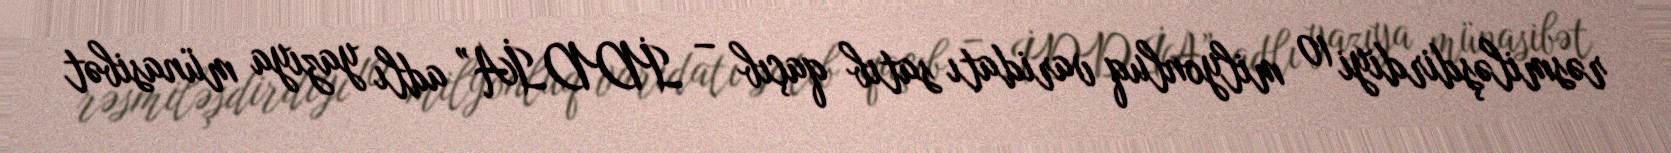
rəsmiləşdirdiyi 10 milyonluq varidatı satıb qaçıb – İDDİA” adlı yazıya münasibət